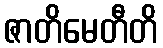
ဇာတိမေတီတိ